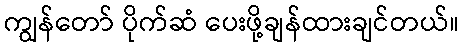
ကျွန်တော် ပိုက်ဆံ ပေးဖို့ချန်ထားချင်တယ်။